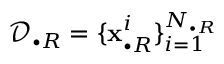
\mathcal { D } _ { \bullet R } = \{ \mathbf { x } _ { \bullet R } ^ { i } \} _ { i = 1 } ^ { N _ { \bullet R } }